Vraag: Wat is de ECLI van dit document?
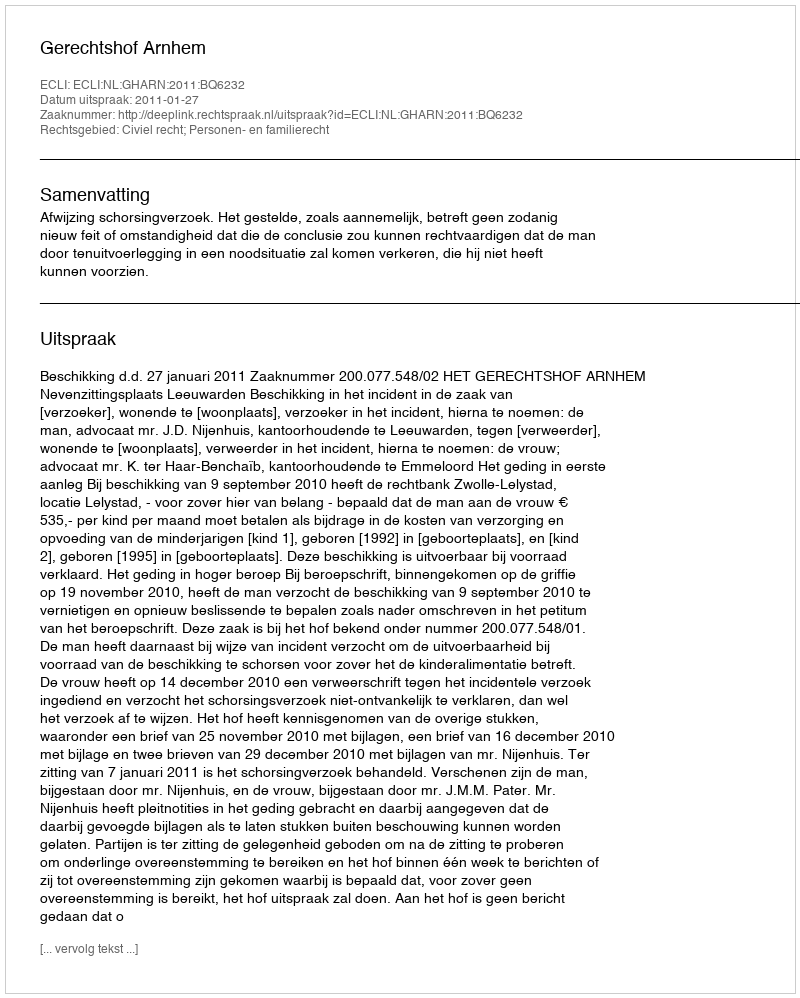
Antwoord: ECLI:NL:GHARN:2011:BQ6232